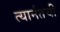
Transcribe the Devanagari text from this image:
त्यानंतची